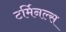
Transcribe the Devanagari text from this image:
टर्मिनल्‍स